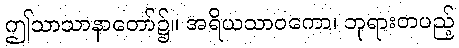
ဤသာသာနာတော်၌။ အရိယသာဝကော၊ ဘုရားတပည့်